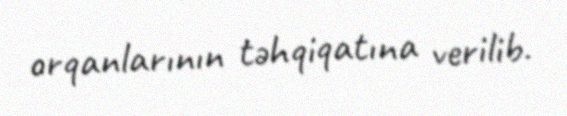
orqanlarının təhqiqatına verilib.